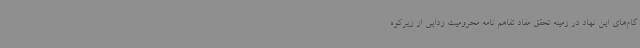
گام‌های این نهاد در زمینه تحقق مفاد تفاهم نامه محرومیت زدایی از زیرکوه